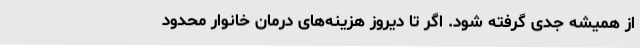
از همیشه جدی گرفته شود. اگر تا دیروز هزینه‌های درمان خانوار محدود